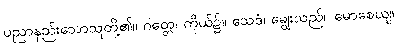
ပညာနည်းသောသူတို့၏။ ဂတ္တေ၊ ကိုယ်၌။ သေဒံ၊ ချွေးသည်။ မောစေယျ၊